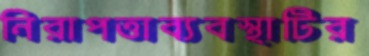
নিরাপত্তাব্যবস্থাটির